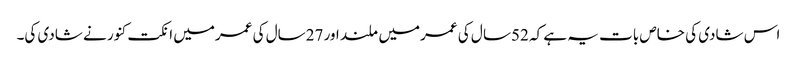
اس شادی کی خاص بات یہ ہے کہ 52سا ل کی عمرمیں ملند اور 27سال کی عمرمیں انکت کنور نے شادی کی۔